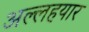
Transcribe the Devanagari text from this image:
अल्लहयार